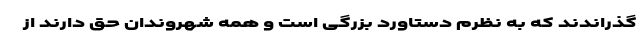
گذراندند که به نظرم دستاورد بزرگی است و همه شهروندان حق دارند از